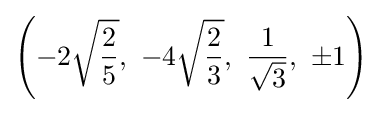
\left(-2{\sqrt {\frac {2}{5}}},\ -4{\sqrt {\frac {2}{3}}},\ {\frac {1}{\sqrt {3}}},\ \pm 1\right)